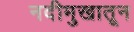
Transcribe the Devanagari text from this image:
नदीमुखातून